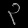
Digit: ၃